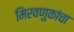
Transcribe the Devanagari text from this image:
मिरवणुकांचा